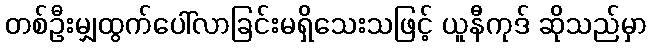
တစ်ဦးမျှထွက်ပေါ်လာခြင်းမရှိသေးသဖြင့် ယူနီကုဒ် ဆိုသည်မှာ